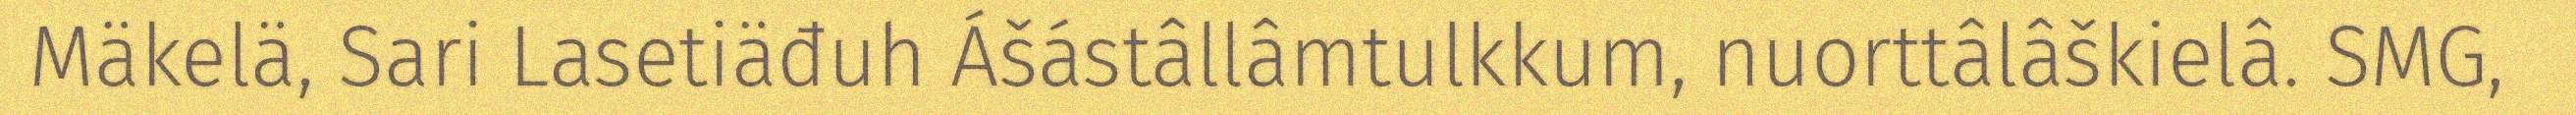
Mäkelä, Sari Lasetiäđuh Ášástâllâmtulkkum, nuorttâlâškielâ. SMG,